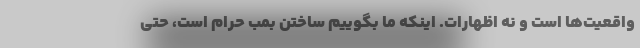
واقعیت‌ها است و نه اظهارات. اینکه ما بگوییم ساختن بمب حرام است، حتی